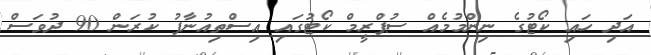
އަދި ހައި ކޯޓުގެ ނިންމުމެއް ސުޕްރީމް ކޯޓުގައި އިސްތިއުނާފު ކުރަން 90 ދުވަސް